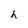
Character: h